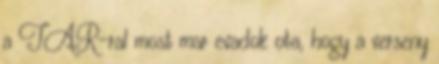
a TAR-ral most mar evadok ota, hogy a verseny